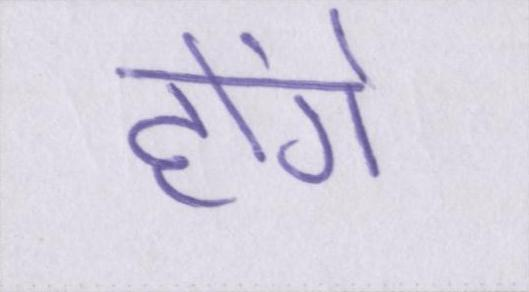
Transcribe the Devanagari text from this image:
होंगे